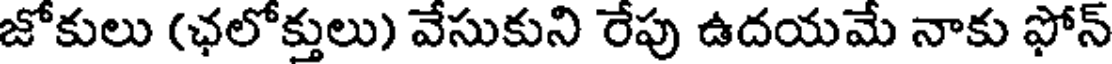
జోకులు (ఛలోక్తులు) వేసుకుని రేపు ఉదయమే నాకు ఫోన్